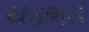
ચડભડ